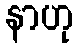
နာဟု